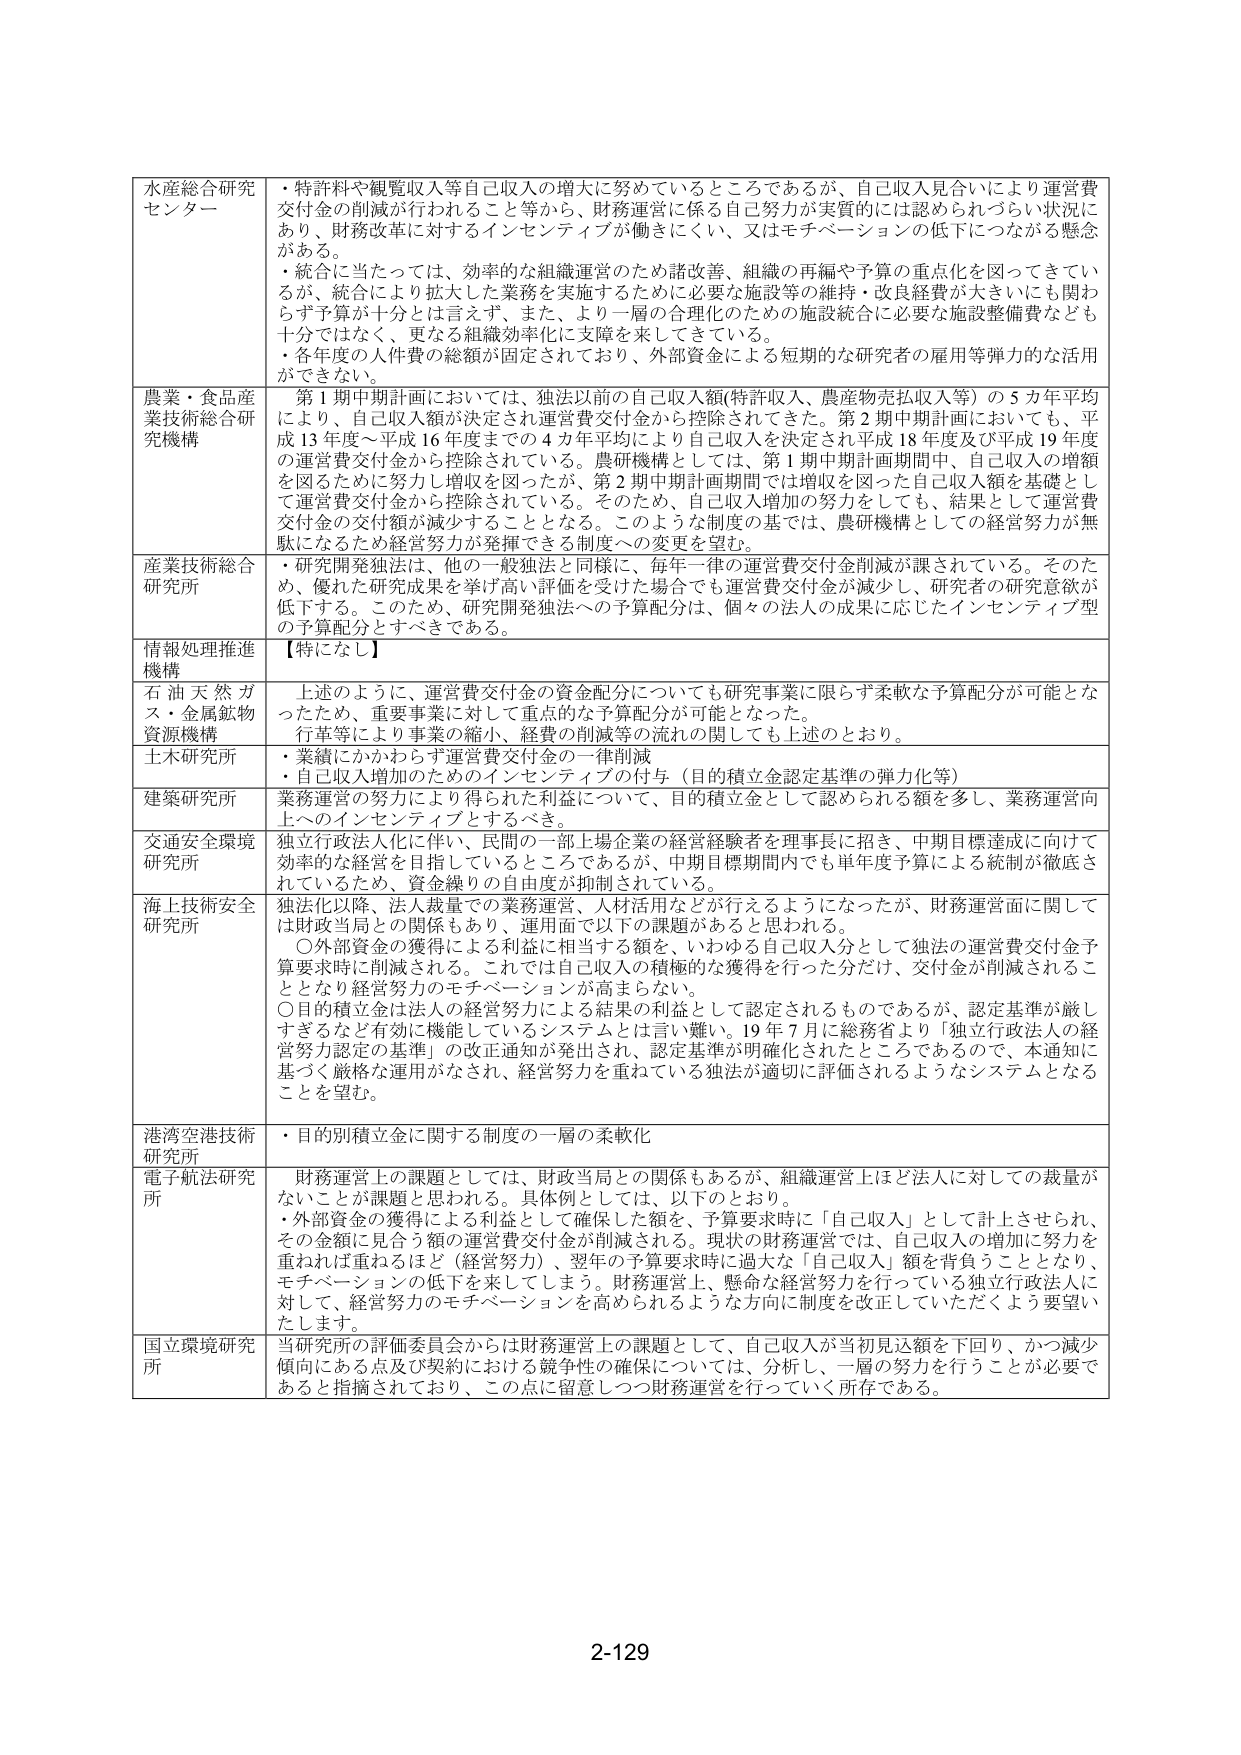
水産総合研究センター
・特許料や観覧収入等自己収入の増大に努めているところであるが、自己収入見合いにより運営費交付金の削減が行われること等から、財務運営に係る自己努力が実質的には認められづらい状況にあり、財務改革に対するインセンティブが働きにくい、又はモチベーションの低下につながる懸念がある。
・統合に当たっては、効率的な組織運営のため諸改善、組織の再編や予算の重点化を図ってきているが、統合により拡大した業務を実施するために必要な施設等の維持・改良経費が大きさにも関わらず予算が十分とは言えず、また、より一層の合理化のための施設統合に必要な施設整備費なども十分ではなく、更なる組織効率化に支障を来してきている。
・各年度の人件費の総額が固定されており、外部資金による短期的な研究者の雇用等弾力的な活用ができない。

農業・食品産業技術総合研究機構
第1期中期計画においては、独法以前の自己収入額(特許収入、農産物売払収入等)の5カ年平均により、自己収入額が決定され運営費交付金から控除されてきた。第2期中期計画においても、平成13年度～平成16年度までの4カ年平均により自己収入を決定され平成18年度及び平成19年度の運営費交付金から控除されている。農研機構としては、第1期中期計画期間中、自己収入の増額を図るために努力し増収を図ったが、第2期中期計画期間では増収を図った自己収入額を基礎として運営費交付金から控除されている。そのため、自己収入増加の努力をしても、結果として運営費交付金の交付額が減少することとなる。このような制度の基では、農研機構としての経営努力が無駄になるため経営努力が発揮できる制度への変更を望む。

産業技術総合研究所
・研究開発独法は、他の一般独法と同様に、毎年一律の運営費交付金削減が課されている。そのため、優れた研究成果を挙げ高い評価を受けた場合でも運営費交付金が減少し、研究者の研究意欲が低下する。このため、研究開発独法への予算配分は、個々の法人の成果に応じたインセンティブ型の予算配分とすべきである。

情報処理推進機構
【特になし】

石油天然ガス・金属鉱物資源機構
上述のように、運営費交付金の資金配分についても研究事業に限らず柔軟な予算配分が可能となったため、重要事業に対して重点的な予算配分が可能となった。
行革等により事業の縮小、経費の削減等の流れの関しても上述のとおり。

土木研究所
・業績にかかわらず運営費交付金の一律削減
・自己収入増加のためのインセンティブの付与（目的積立金認定基準の弾力化等）

建築研究所
業務運営の努力により得られた利益について、目的積立金として認められる額を多し、業務運営向上へのインセンティブとするべき。

交通安全環境研究所
独立行政法人化に伴い、民間の一部上場企業の経営経験者を理事長に招き、中期目標達成に向けて効率的な経営を目指しているところであるが、中期目標期間内でも単年度予算による統制が徹底されているため、資金繰りの自由度が抑制されている。

海上技術安全研究所
独法化以降、法人裁量での業務運営、人材活用などが行えるようになったが、財務運営面に関しては財政当局との関係もあり、運用面で以下の課題があると思われる。
〇外部資金の獲得による利益に相当する額を、いわゆる自己収入分として独法の運営費交付金予算要求時に削減される。これでは自己収入の積極的な獲得を行った分だけ、交付金が削減されることとなり経営努力のモチベーションが高まらない。
〇目的積立金は法人の経営努力による結果の利益として認定されるものであるが、認定基準が厳しすぎると有効に機能しているシステムとは言い難い。19年7月に総務省より「独立行政法人の経営努力認定の基準」の改正通知が発出され、認定基準が明確化されたところであるので、本通知に基づく厳格な運用がなされ、経営努力を重ねている独法が適切に評価されるようなシステムとなることを望む。

港湾空港技術研究所
・目的別積立金に関する制度の一層の柔軟化

電子航法研究所
財務運営上の課題としては、財政当局との関係もあるが、組織運営上はど法人に対しての裁量がないことが課題と思われる。具体例としては、以下のとおり。
・外部資金の獲得による利益として確保した額を、予算要求時に「自己収入」として計上させられ、その金額に見合う額の運営費交付金が削減される。現状の財務運営では、自己収入の増加に努力を重ねれば重ねるほど（経営努力）、翌年の予算要求時に過大な「自己収入」額を背負うこととなり、モチベーションの低下を来してしまう。財務運営上、懸命な経営努力を行っている独立行政法人に対して、経営努力のモチベーションを高められるような方向に制度を改正していただくよう要望いたします。

国立環境研究所
当研究所の評価委員会からは財務運営上の課題として、自己収入が当初見込額を下回り、かつ減少傾向にある点及び契約における競争性の確保については、分析し、一層の努力を行うことが必要であると指摘されており、この点に留意しつつ財務運営を行っていく所存である。

2-129